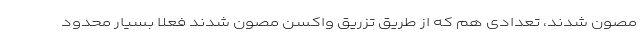
مصون شدند، تعدادی هم که از طریق تزریق واکسن مصون شدند فعلا بسیار محدود